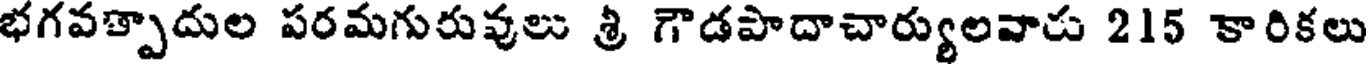
భగవత్పాదుల పరమగురువులు శ్రీ గౌడపాదాచార్యులవారు 215 కారికలు